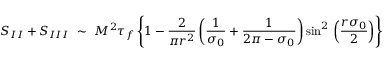
S _ { I I } + S _ { I I I } ~ \sim ~ M ^ { 2 } \tau _ { f } \left\{ 1 - \frac { 2 } { \pi r ^ { 2 } } \left( \frac { 1 } { \sigma _ { 0 } } + \frac { 1 } { 2 \pi - \sigma _ { 0 } } \right) { \sin } ^ { 2 } \, \left( \frac { r \sigma _ { 0 } } { 2 } \right) \right\}